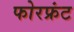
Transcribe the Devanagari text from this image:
फोरफ्रंट